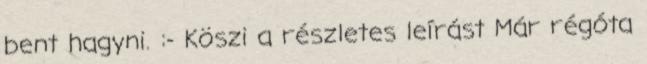
bent hagyni. :- Köszi a részletes leírást Már régóta